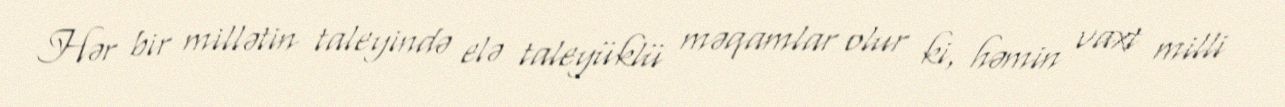
Hər bir millətin taleyində elə taleyüklü məqamlar olur ki, həmin vaxt milli